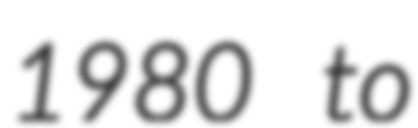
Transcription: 1980 to